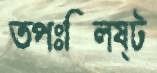
তপঃক্লিষ্ট